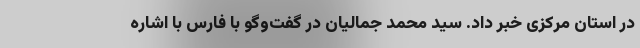
در استان مرکزی خبر داد. سید محمد جمالیان در گفت‌وگو با فارس با اشاره